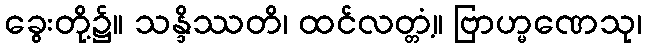
ခွေးတို့၌။ သန္ဒိဿတိ၊ ထင်လတ္တံ့။ ဗြာဟ္မဏေသု၊